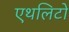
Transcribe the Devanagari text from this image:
एथलिटों